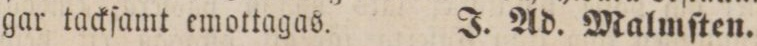
gar tackſamt emottagas.    J. Ad. Malmſten.